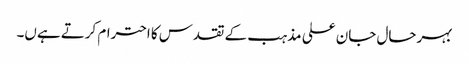
بہرحال جان علی مذہب کے تقدس کا احترام کرتے ہےں۔